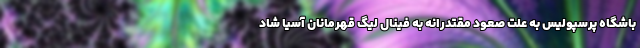
باشگاه پرسپولیس به علت صعود مقتدرانه به فینال لیگ قهرمانان آسیا شاد